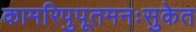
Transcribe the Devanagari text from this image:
कामरिपुपूतमनःसुकेत